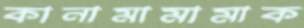
কানামামামাক